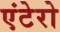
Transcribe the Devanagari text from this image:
एंटेरो